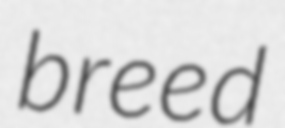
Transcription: breed